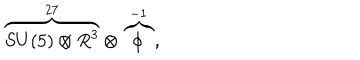
LaTeX: \overbrace { S U ( 5 ) \otimes R ^ { 3 } } ^ { 2 7 } \otimes \overbrace { \phi } ^ { - 1 } ,